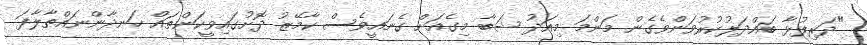
"ދަރިފުޅާ ބައްދަލުކުރުވަންވެގެން މަންމަ މިއަދު ޝަބާ މިގެއަށް ގެނައީވެސް ކާމޭޒު ދޮށުގައިވީކަންތައް ހަނދާންނައްތާލާފަ